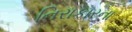
નિરાકારના